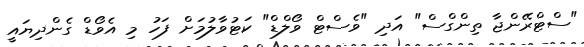
"ސްޓްރޭންޖާ ތިންގްސް" އަދި "ވެސްޓް ވޯލްޑް" ކަޓުވާލުމަށް ފަހު މި އެވޯޑް ގެންދިޔައީ